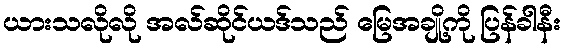
ယားသလိုလို အလ်ဆိုင်ယဒ်သည် မြေအချို့ကို ပြန်ခါနီး